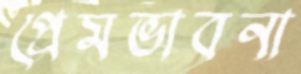
প্রেমভাবনা